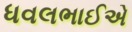
ધવલભાઈએ